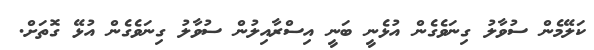
ކަލޭމެން ސުވާލު ގިނަވެގެން އުޅެނީ ބަނީ އިސްރާއިލުން ސުވާލު ގިނަވެގެން އުޅޭ ގޮތަށް.